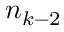
n _ { k - 2 }